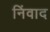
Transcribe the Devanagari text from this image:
निंवाद